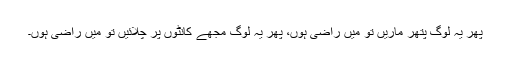
پھر یہ لوگ پتھر ماریں تو میں راضی ہوں، پھر یہ لوگ مجھے کانٹوں پر چلائیں تو میں راضی ہوں۔